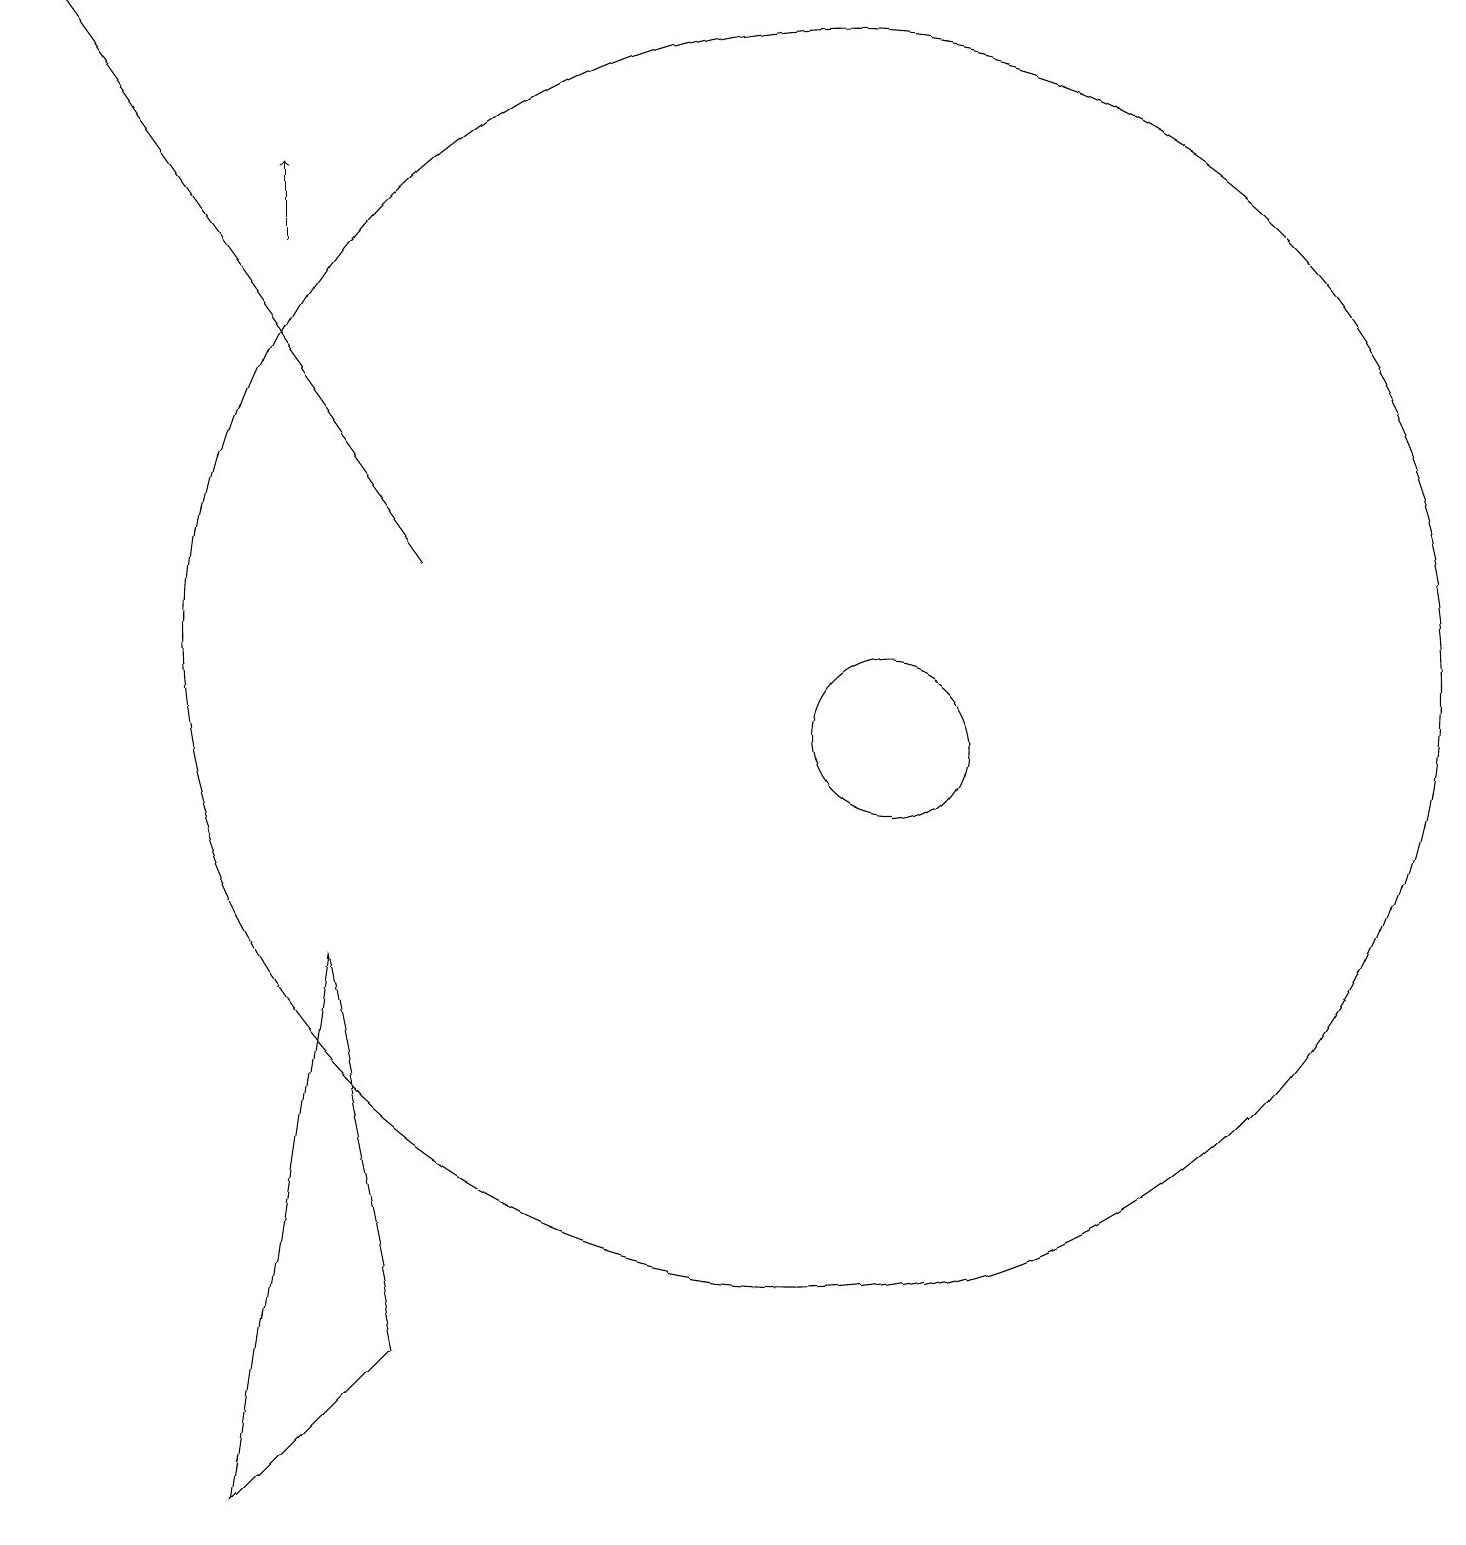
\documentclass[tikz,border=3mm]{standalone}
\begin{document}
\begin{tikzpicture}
\draw (11,11) circle (8);
\draw (12,10) circle (1);
\draw[->] (6,12) -- (1,19);
\draw[->] (4,16) -- (4,17);
\draw (4,0) -- (5,7) -- (6,2) -- cycle;
\draw (11,10) circle (0);
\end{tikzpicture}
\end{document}